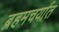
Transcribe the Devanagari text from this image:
ब्रहमचर्यात